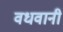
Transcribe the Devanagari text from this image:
वधवानी